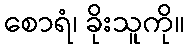
စောရံ၊ ခိုးသူကို။